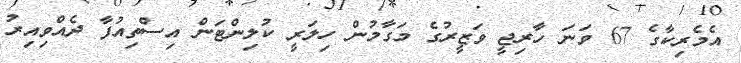
އެމެރިކާގެ 67 ވަނަ ހާރިޖީ ވަޒީރުގެ މަގާމުން ހިލަރީ ކުލިންޓަން އިސްތިއުފާ ދެއްވިއިރު